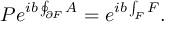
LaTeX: P e ^ { i b \oint _ { \partial { \cal F } } A } = e ^ { i b \int _ { { \cal F } } F } .